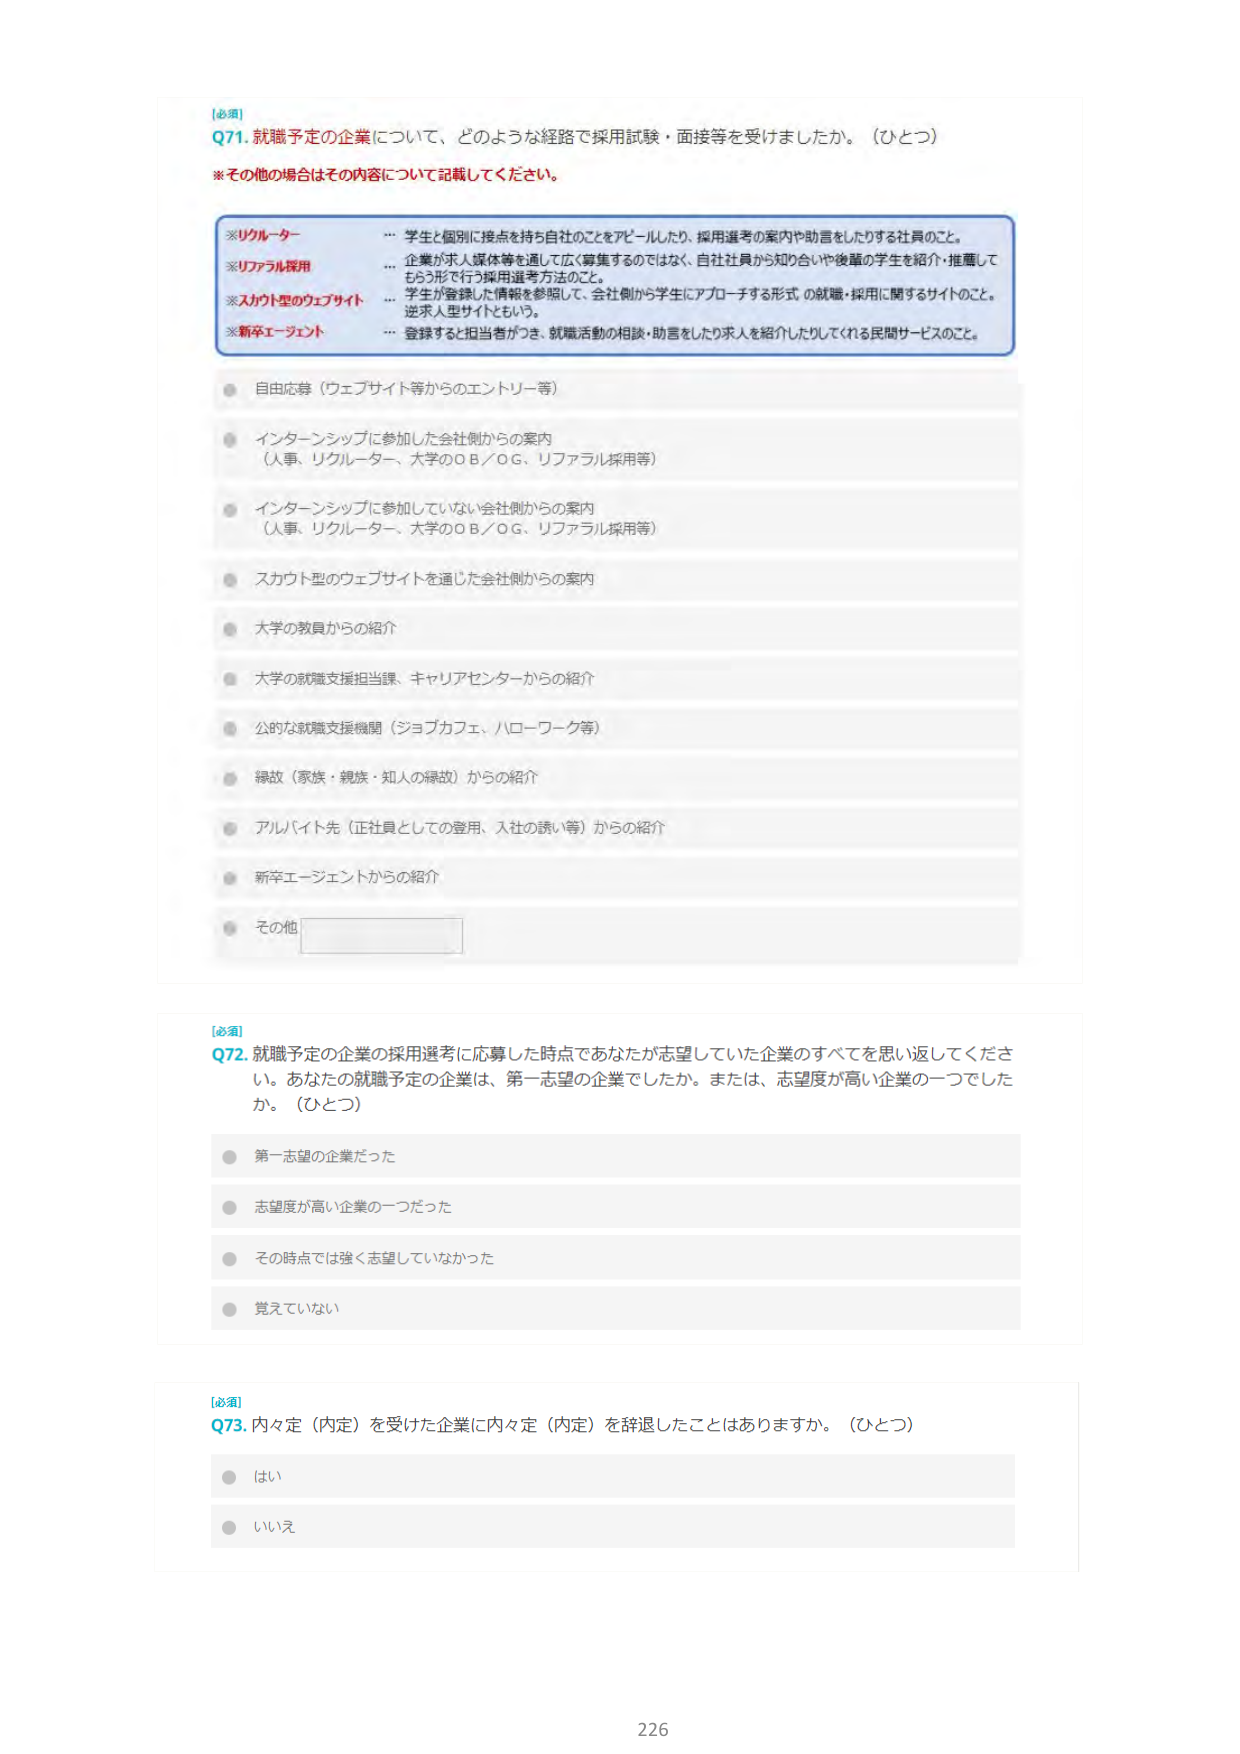
[必須]
Q71. 就職予定の企業について、どのような経路で採用試験・面接等を受けましたか。（ひとつ）
※その他の場合はその内容について記載してください。

※リクルーター
… 学生と個別に接点を持ち自社のことをアピールしたり、採用選考の案内や助言をしたりする社員のこと。

※リファラル採用
… 企業が求人媒体等を通じて広く募集するのではなく、自社社員から知り合いや後輩の学生を紹介・推薦してもらう形で行う採用選考方法のこと。

※スカウト型のウェブサイト
… 学生が登録した情報を参照して、会社側から学生にアプローチする形式の就職・採用に関するサイトのこと。
送求人型サイトともいう。

※新卒エージェント
… 登録すると担当者がつき、就職活動の相談・助言をしたり求人を紹介したりしてくれる民間サービスのこと。

● 自由応募（ウェブサイト等からのエントリー等）
● インターンシップに参加した会社側からの案内
（人事、リクルーター、大学のOB／OG、リファラル採用等）
● インターンシップに参加していない会社側からの案内
（人事、リクルーター、大学のOB／OG、リファラル採用等）
● スカウト型のウェブサイトを通じた会社側からの案内
● 大学の教員からの紹介
● 大学の就職支援担当課、キャリアセンターからの紹介
● 公的な就職支援機関（ジョブカフェ、ハローワーク等）
● 得故（家族・親族・知人の縁故）からの紹介
● アルバイト先（正社員としての登用、入社の誘い等）からの紹介
● 新卒エージェントからの紹介
● その他 [空欄]

[必須]
Q72. 就職予定の企業の採用選考に応募した時点であなたが志望していた企業のすべてを思い返してください。あなたの就職予定の企業は、第一志望の企業でしたか。または、志望度が高い企業の一つでしたか。（ひとつ）
● 第一志望の企業だった
● 志望度が高い企業の一つだった
● その時点では強く志望していなかった
● 覚えていない

[必須]
Q73. 内々定（内定）を受けた企業に内々定（内定）を辞退したことはありますか。（ひとつ）
● はい
● いいえ

226